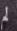
لم